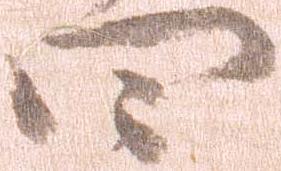
四